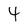
Character: 4